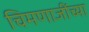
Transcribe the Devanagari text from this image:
चिमणाजींच्या